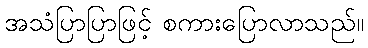
အသံပြာပြာဖြင့် စကားပြောလာသည်။